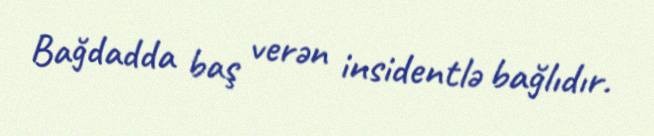
Bağdadda baş verən insidentlə bağlıdır.